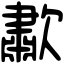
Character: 歗